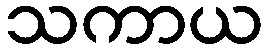
သကာယ